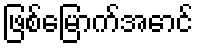
ဖြစ်မြောက်အောင်